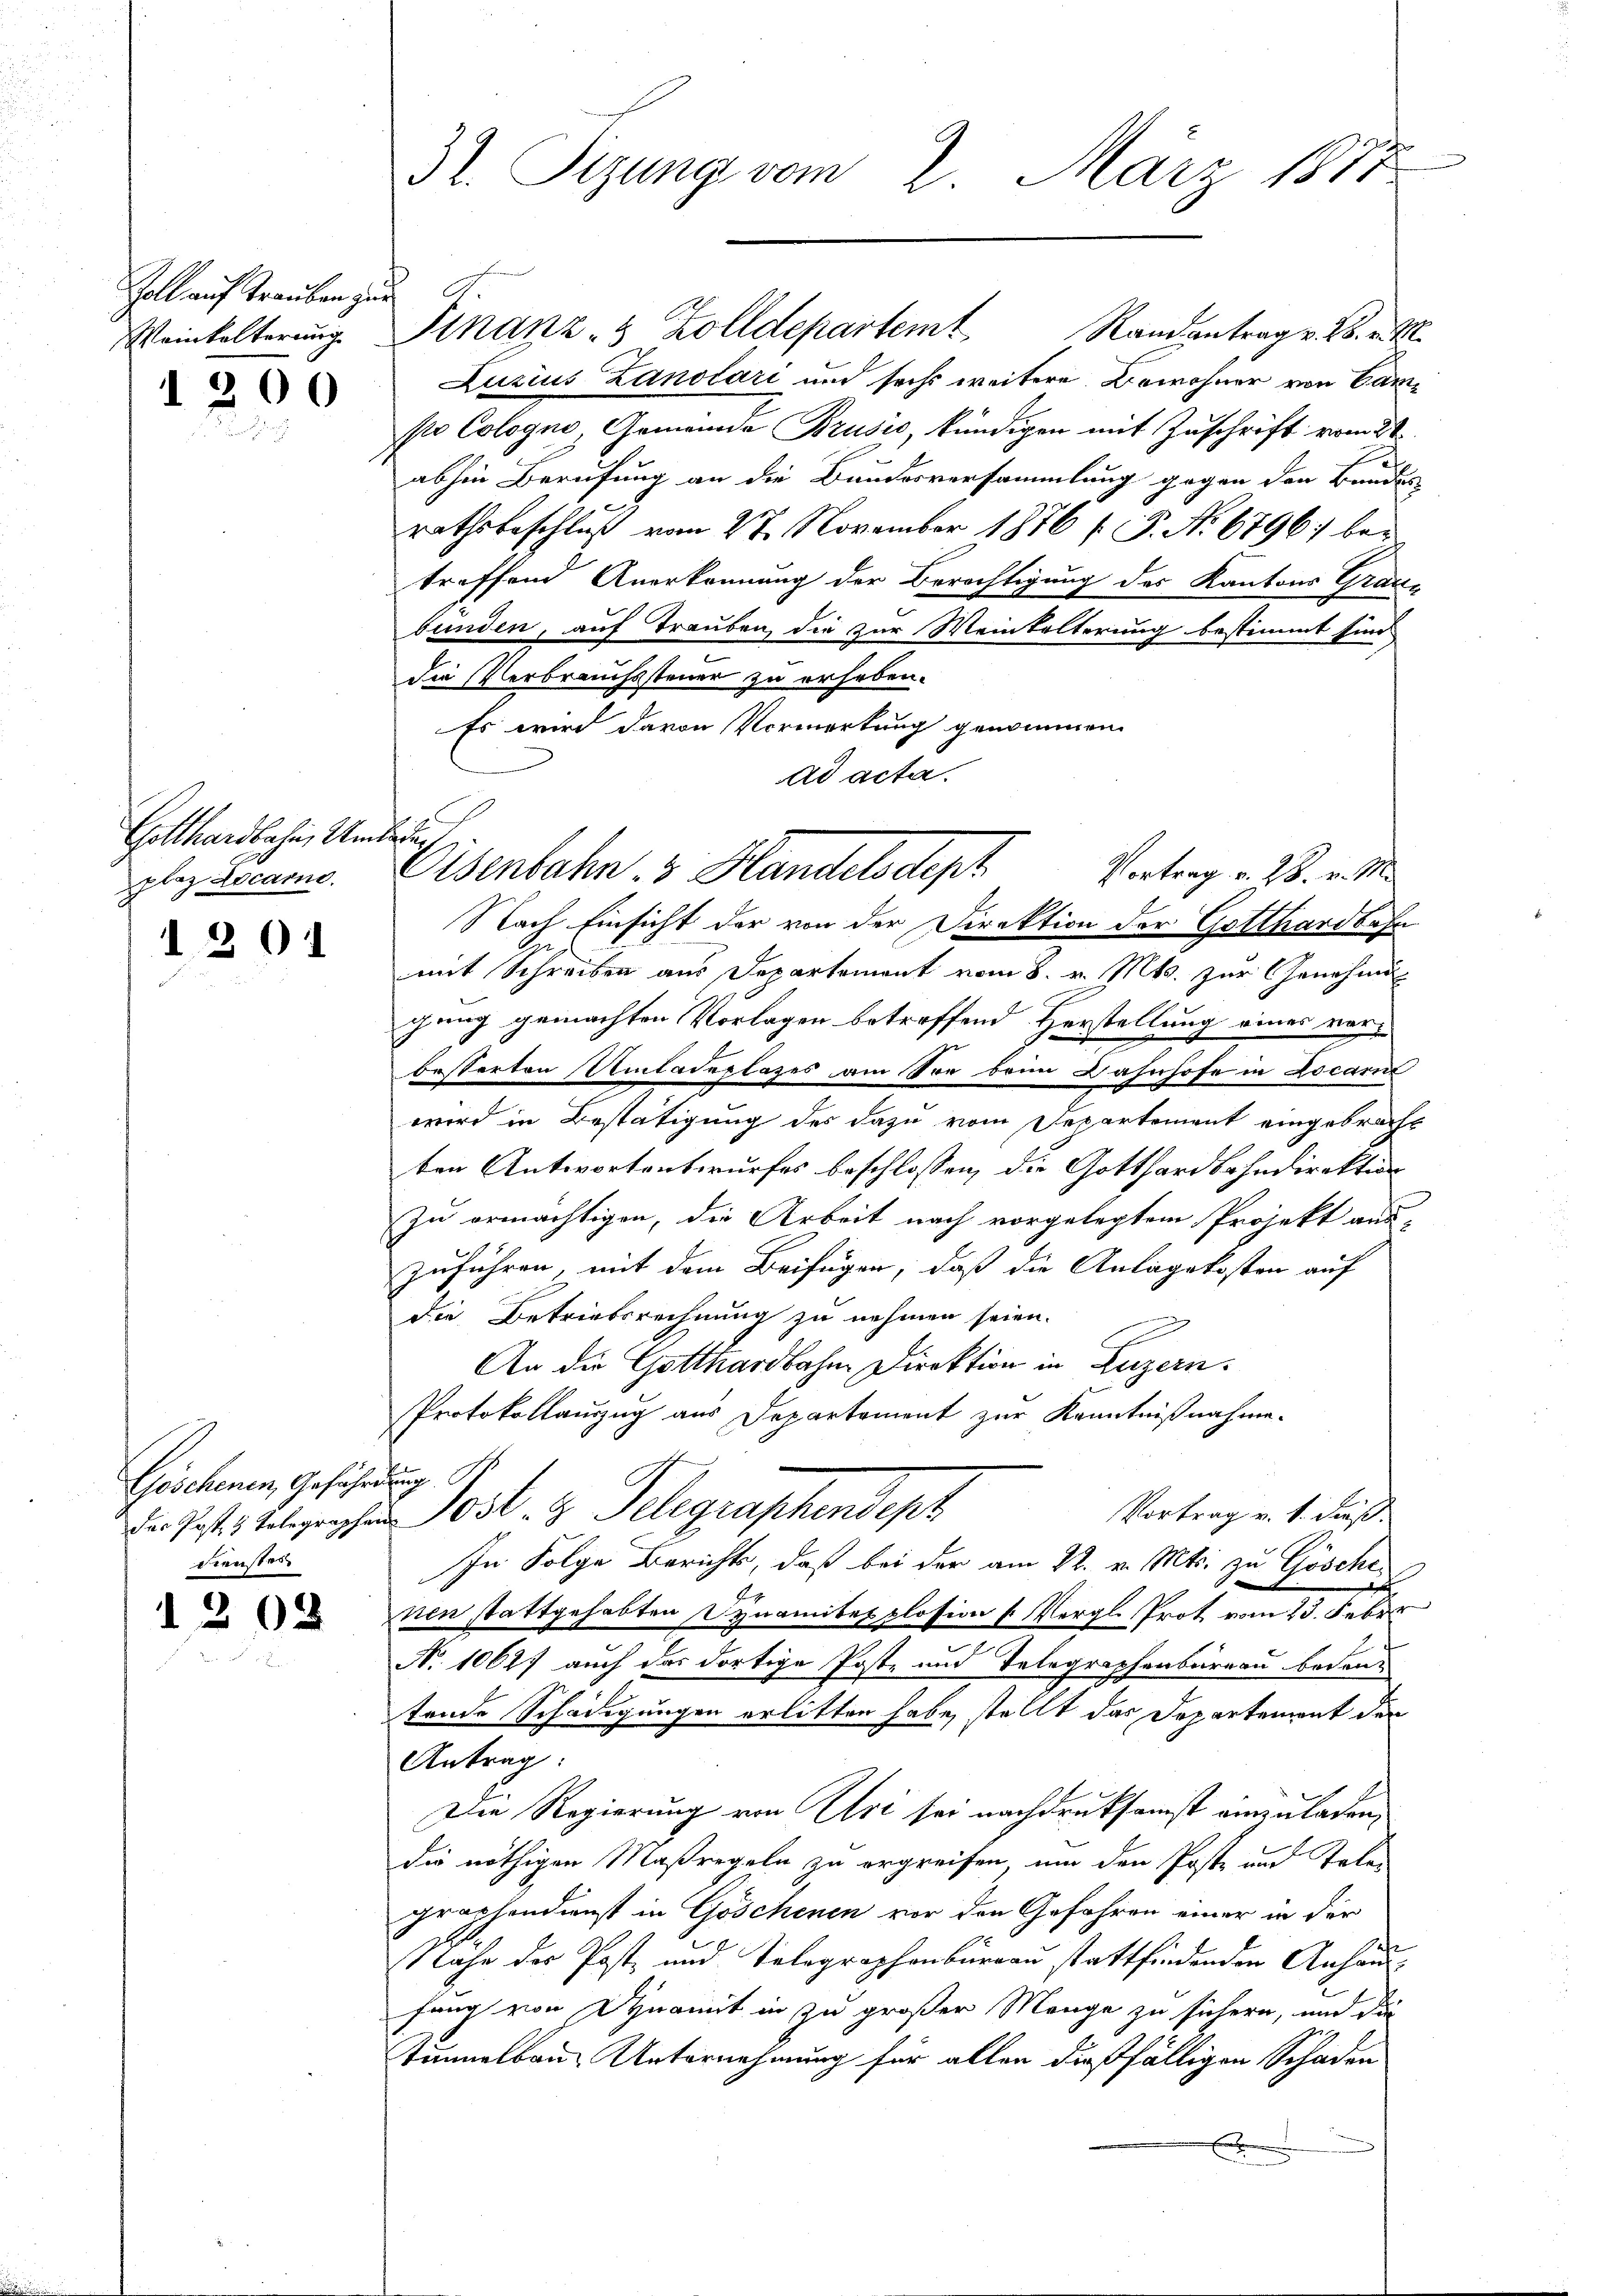
Zoll auf Trauben zur
Weinkelterung
1 200

Gotthardbahn, Um
plaz Locarno.
1201

Göschenen, Gefährdung
dienstes

1202

32. Sizung vom 2. März 1877

Finanz- & Zolldepartem Randantrag v. 28. v. M.
Luzius Lanolari und sechs weitere Bewohner von Camso Cologno, Gemeinde Brusić, kündigen mit Zuschrift vom 2t
abhin Berufung an die Bundesversammlung gegen den Bandes
rathsbeschluß vom 27. November 1876 f. P. Nr. 6796) bei
treffend Anerkennung der Berechtigung des Kantons Grau-
bunden, auf Trauben, die zur Weinkelterung bestimmt sind
die Verbrauchssteuer zu erheben.
Es wird davon Vorwortung genommen.
ad acta.
Nach Einsicht der von der Direktion der Gotthardbahn
mit Schreiben aus Departement vom 8. v. Mts. zur Genehmi
gung gemachten Vorlagen betreffend Herstellung eines verbesserten Umladeplazes am See beim Bahnhofe in Locarn
wird in Bestätigung des dazu vom Departement eingebracht
ten Antwortentwurfes beschlossen, die Gotthardbahndirektion
zu ermächtigen, die Arbeit nach vorgelegtem Projekt aus-
zuführen, mit dem Beifügen, daß die Anlagekosten auf
die Betriebsrechnung zu nehmen seien.
An die Gotthardbahne Direktion in Luzern.
Protokollauszug aus Departement zur Kenntnißnahme.
Vortrag v. 1. dieß.
Du hast telegen Post 3 Telegraphendesr
In Folge Bericht, daß bei der am 22. v. Mts. zu Gösche
nen stattgehabten Dynamitat plosion u. Vergl. Prot. vom 13. Febr.
No 10627 auch das dortige Post- und Telegraphenbureau bedeutende Schädigungen erlitten habe, stellt das Departement der
Antrag:
Die Regierung von Uri sei nachdruksamst einzuladen,
die nöthigen Maßregeln zu ergreifen, um den Poste und Talen
graphendienst in Göschenen vor den Gefahren einer in der
¬
Nahe der Post und Telegraphenburgau stattfindenden Anhan-
fung von Dynamit in zu großer Mange zu sichern, und die
timmelbau Unternehmung für allen dießfälligen Schaden
a

e

Eisenbahn 3 Handelsdept. Vertrag v. M. v. M